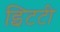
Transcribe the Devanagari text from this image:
इिटटी